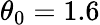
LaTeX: \theta_{0}=1.6